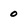
Character: 0